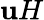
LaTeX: \mathbf{u}H